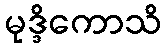
မုဒ္ဒိကောသိ